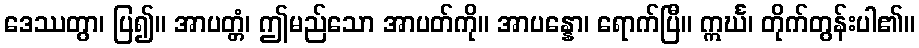
ဒေဿတွာ၊ ပြ၍။ အာပတ္တံ၊ ဤမည်သော အာပတ်ကို။ အာပန္နော၊ ရောက်ပြီ။ ဣင်္ဃ၊ တိုက်တွန်းပါ၏။